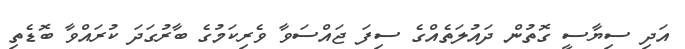
އަދި ސިޔާސީ ގޮތުން ދައުލަތެއްގެ ސިފަ ޖައްސަވާ ވެރިކަމުގެ ބާރުގަދަ ކުރައްވާ ބޮޑެތި